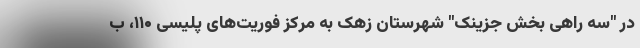
در "سه راهی بخش جزینک" شهرستان زهک به مرکز فوریت‌های پلیسی ۱۱۰، ب